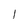
Character: 1